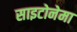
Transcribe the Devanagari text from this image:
साइटोनेमा